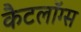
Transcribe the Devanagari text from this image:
कैटलॉग्स